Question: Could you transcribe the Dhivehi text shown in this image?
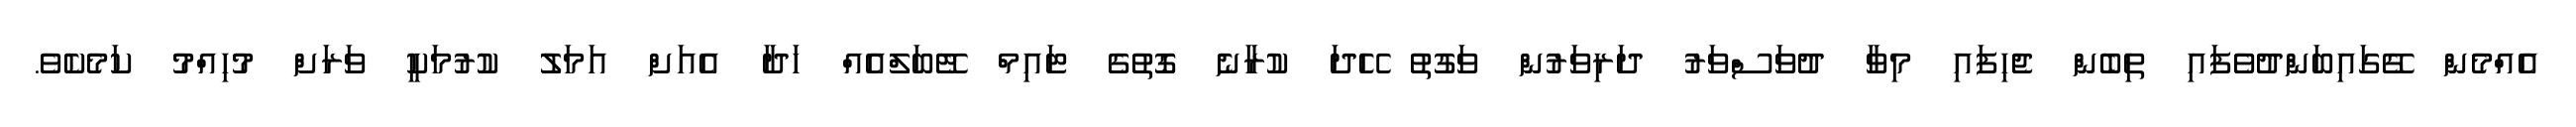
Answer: އެއްމެން ގޭގައިބަންދުވެފައި ތިބެން ޖެހިފައި މިވާ ދުވަސްވަރު ދަރިވަރުން ވަގުތު ހޭދަ ކުރާނެ ގޮތުގެ ޓައިމް ޓޭބަލްއެއް ހަދާ އެއަށް އަމަލު ކުރުމަކީ ވަރަށް މުހިއްމު ކަމެކެވެ.